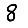
Digit: 8